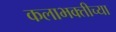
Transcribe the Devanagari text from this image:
कलाभक्तीच्या